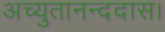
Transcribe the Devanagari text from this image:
अच्युतानन्ददास।